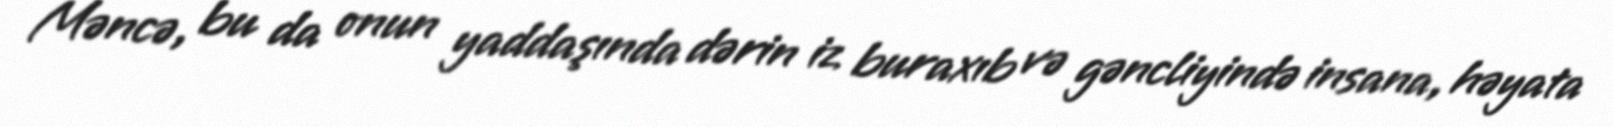
Məncə, bu da onun yaddaşında dərin iz buraxıb və gəncliyində insana, həyata